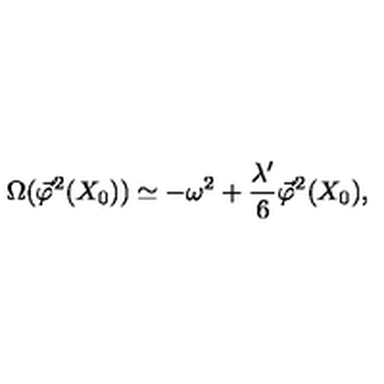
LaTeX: \Omega ( \vec { \varphi } ^ { 2 } ( X _ { 0 } ) ) \simeq - \omega ^ { 2 } + \frac { \lambda ^ { \prime } } { 6 } \vec { \varphi } ^ { 2 } ( X _ { 0 } ) ,